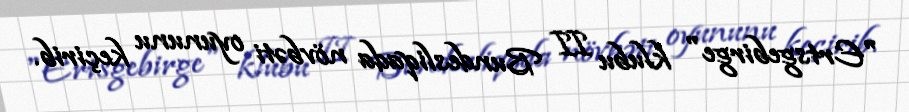
"Ertsgebirge" klubu II Bundesliqada növbəti oyununu keçirib.